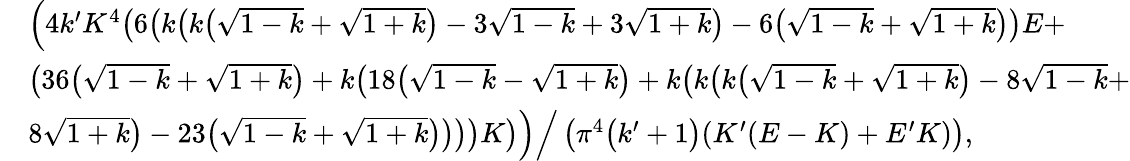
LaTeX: \begin{array}{rl}&{\Big(4k^{\prime}K^{4}\big(6\big(k\big(k\big(\sqrt{1-k}+\sqrt{1+k}\big)-3\sqrt{1-k}+3\sqrt{1+k}\big)-6\big(\sqrt{1-k}+\sqrt{1+k}\big)\big)E+}\\ &{\big(36\big(\sqrt{1-k}+\sqrt{1+k}\big)+k\big(18\big(\sqrt{1-k}-\sqrt{1+k}\big)+k\big(k\big(k\big(\sqrt{1-k}+\sqrt{1+k}\big)-8\sqrt{1-k}+}\\ &{8\sqrt{1+k}\big)-23\big(\sqrt{1-k}+\sqrt{1+k}\big)\big)\big)\big)K\big)\Big)\Big/\left(\pi^{4}\big(k^{\prime}+1\big)(K^{\prime}(E-K)+E^{\prime}K)\right),}\end{array}